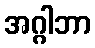
အဂ္ဂါဘာ